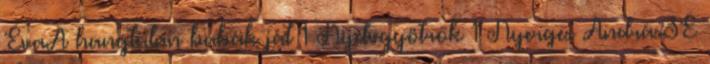
ÉvaA hangtalan babák ját 1 Nyelvgyötrők 1 Nyerges AndrásSE